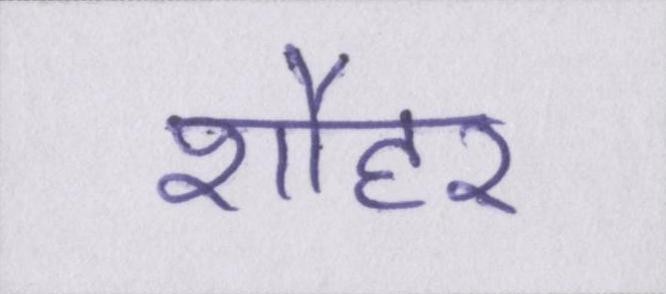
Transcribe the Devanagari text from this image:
शौहर